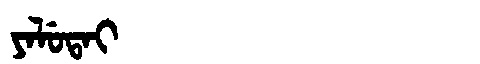
Manchu: ᠶᠠᠯᡠᡨᠠᡳ
Romanization: YALUTAI